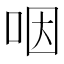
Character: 咽